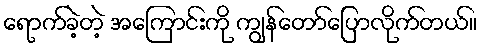
ရောက်ခဲ့တဲ့ အကြောင်းကို ကျွန်တော်ပြောလိုက်တယ်။